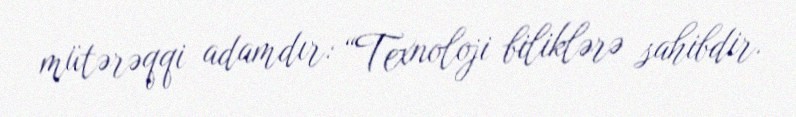
mütərəqqi adamdır: “Texnoloji biliklərə sahibdir.